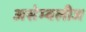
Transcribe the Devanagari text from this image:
असेम्बलीज